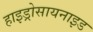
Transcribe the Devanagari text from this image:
हाइड्रोसायनाइड